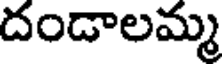
దండాలమ్మ